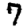
Digit: 7